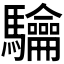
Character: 𮪟